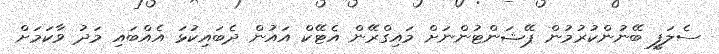
ސެލަފީ ބޭނުންކުރުމުން ޕޭޝަންޓުންނަށް މައިގްރޭން އެޓޭކް އައުން ދެބައިކުޅަ އެއްބައި މަދު ވާކަމަށް